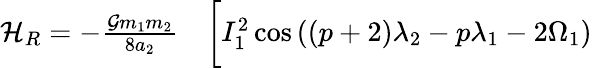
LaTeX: \begin{array}{rl}{\mathcal{H}_{R}=-\frac{\mathcal{G}m_{1}m_{2}}{8a_{2}}}&{{}\bigg[I_{1}^{2}\cos{((p+2)\lambda_{2}-p\lambda_{1}-2\Omega_{1})}}\end{array}